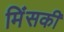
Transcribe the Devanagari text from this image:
मिंसकी